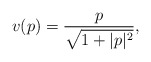
\begin{align*}v(p) = \frac{p}{\sqrt{1+|p|^2}},\end{align*}